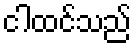
ငါထင်သည်